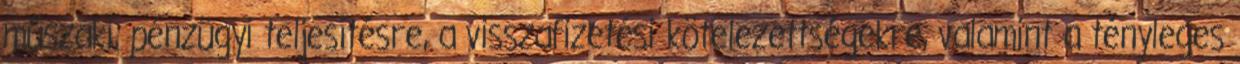
műszaki, pénzügyi teljesítésre, a visszafizetési kötelezettségekre, valamint a tényleges